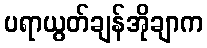
ပရာယွတ်ချန်အိုချာက